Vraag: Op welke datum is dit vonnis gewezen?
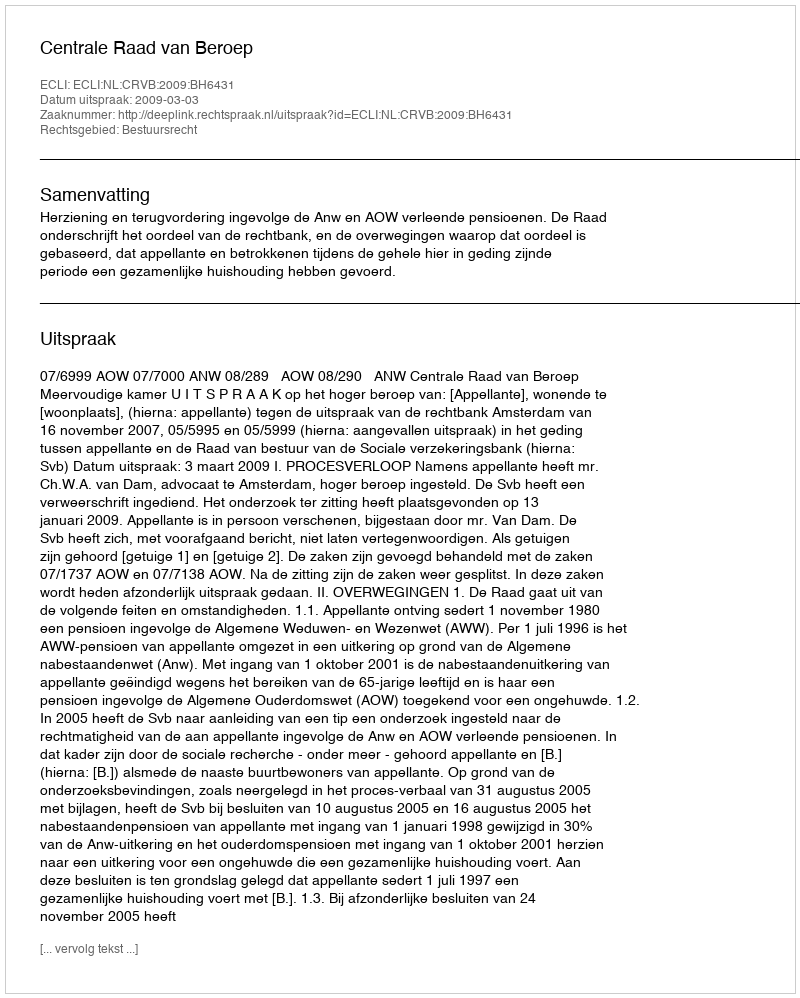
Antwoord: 2009-03-03